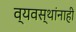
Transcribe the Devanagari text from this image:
व्यवस्थांनाही